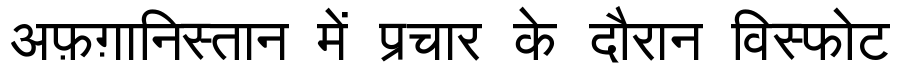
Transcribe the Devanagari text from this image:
अफ़ग़ानिस्तान में प्रचार के दौरान विस्फोट